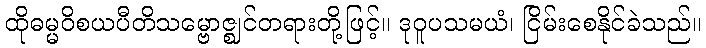
ထိုဓမ္မဝိစယပီတိသမ္ဗောဇ္ဈင်တရားတို့ဖြင့်။ ဒုဝူပသမယံ၊ ငြိမ်းစေနိုင်ခဲသည်။